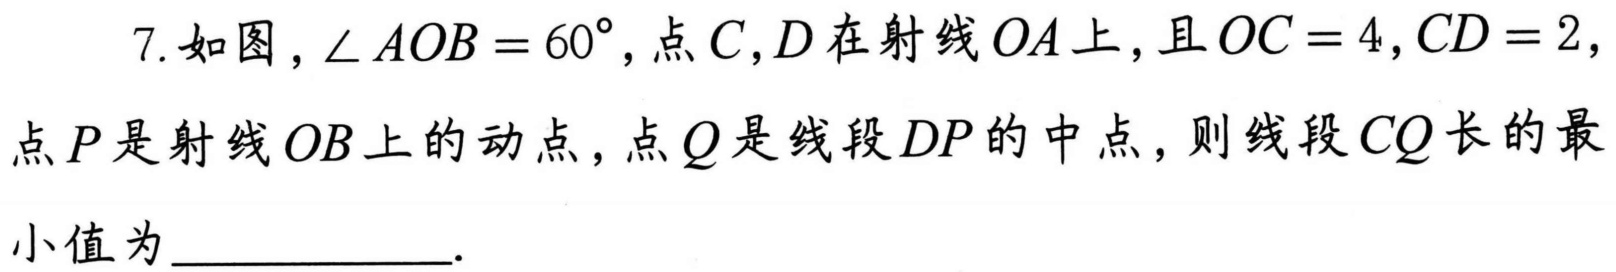
7. 如图，$\angle AOB = 60^{\circ}$，点$C,D$在射线$OA$上，且$OC = 4,CD = 2$，
点$P$是射线$OB$上的动点，点$Q$是线段$DP$的中点，则线段$CQ$长的最
小值为____________.